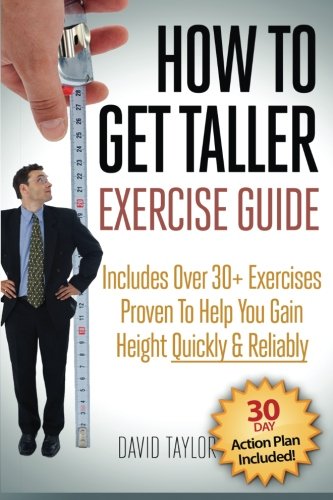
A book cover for How to Get Taller: The Complete Exercise Guide (Grow Taller) (Volume 2); David Taylor; Health, Fitness & Dieting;